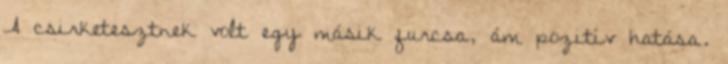
A csirketesztnek volt egy másik furcsa, ám pozitív hatása.